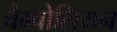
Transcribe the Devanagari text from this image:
चैम्पोलियन